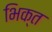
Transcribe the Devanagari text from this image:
भिक्त